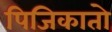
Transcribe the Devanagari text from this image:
पिजिकातो